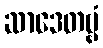
ဆာဒေတဗ္ဗံ